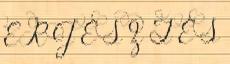
E R J E S Z T É S